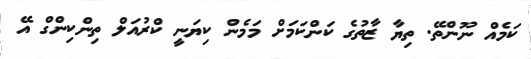
ކަމެއް ނޫންތޭ. ތިޔާ ޒާތުގެ ކަންކަމަށް މަމެން ކިޔަނީ ކްރުއަލް ތިންކިންގް އޭ